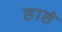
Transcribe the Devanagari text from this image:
हाहे